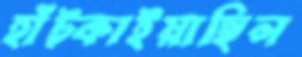
হাঁট্‌কাইয়াছিল